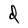
Character: d